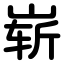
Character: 崭